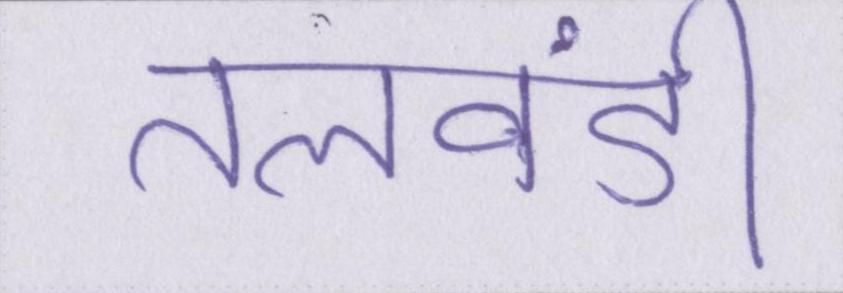
तलवंडी